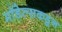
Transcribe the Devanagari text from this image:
मॉडेल्सकडून